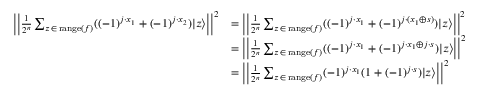
{ \begin{array} { r l } { \left| \left| { \frac { 1 } { 2 ^ { n } } } \sum _ { z \, \in \, \mathrm { r a n g e } ( f ) } ( ( - 1 ) ^ { j \cdot x _ { 1 } } + ( - 1 ) ^ { j \cdot x _ { 2 } } ) | z \rangle \right| \right| ^ { 2 } } & { = \left| \left| { \frac { 1 } { 2 ^ { n } } } \sum _ { z \, \in \, \mathrm { r a n g e } ( f ) } ( ( - 1 ) ^ { j \cdot x _ { 1 } } + ( - 1 ) ^ { j \cdot ( x _ { 1 } \oplus s ) } ) | z \rangle \right| \right| ^ { 2 } } \\ & { = \left| \left| { \frac { 1 } { 2 ^ { n } } } \sum _ { z \, \in \, \mathrm { r a n g e } ( f ) } ( ( - 1 ) ^ { j \cdot x _ { 1 } } + ( - 1 ) ^ { j \cdot x _ { 1 } \oplus j \cdot s } ) | z \rangle \right| \right| ^ { 2 } } \\ & { = \left| \left| { \frac { 1 } { 2 ^ { n } } } \sum _ { z \, \in \, \mathrm { r a n g e } ( f ) } ( - 1 ) ^ { j \cdot x _ { 1 } } ( 1 + ( - 1 ) ^ { j \cdot s } ) | z \rangle \right| \right| ^ { 2 } } \end{array} }